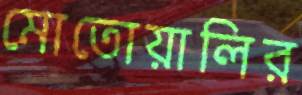
মোতোয়ালির